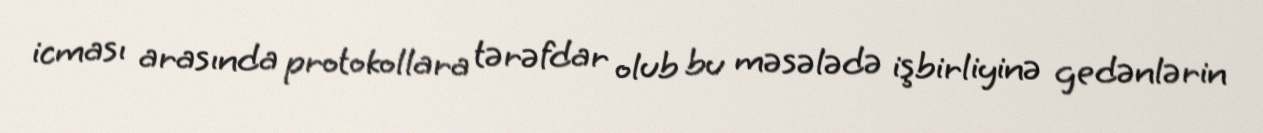
icması arasında protokollara tərəfdar olub bu məsələdə işbirliyinə gedənlərin